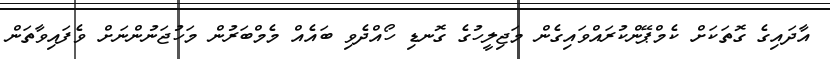
އާދައިގެ ގޮތަކަށް ކެމްޕޭންކުރައްވައިގެން މަޖިލީހުގެ ގޮނޑި ހޯއްދެވި ބައެއް މެމްބަރުން މަހުޖަނުންނަށް ވެފައިވާތަން